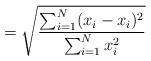
LaTeX: \begin{align*} = \sqrt{\frac{\sum_{i=1}^N (x_i - x_i)^2}{\sum_{i=1}^N x_i^2}}\end{align*}